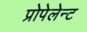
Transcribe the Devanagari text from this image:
प्रोपेलेन्ट